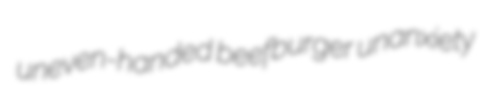
uneven-handed beefburger unanxiety